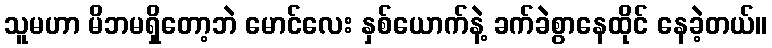
သူမဟာ မိဘမရှိတော့ဘဲ မောင်လေး နှစ်ယောက်နဲ့ ခက်ခဲစွာနေထိုင် နေခဲ့တယ်။